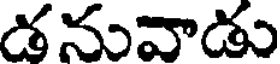
డనువాడు